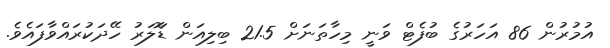
އުމުރުން 86 އަހަރުގެ ބުފެޓް ވަނީ މިހާތަނަށް 21.5 ބިލިއަން ޑޮަލަރު ހޭދަކުރައްވާފައެވެ.